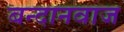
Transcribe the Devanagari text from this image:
बन्दानवाज